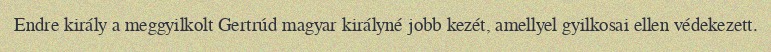
Endre király a meggyilkolt Gertrúd magyar királyné jobb kezét, amellyel gyilkosai ellen védekezett.